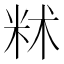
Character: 𬖔